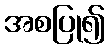
အစပြု၍